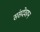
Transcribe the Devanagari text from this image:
संसदेवरून